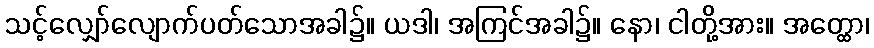
သင့်လျှော်လျောက်ပတ်သောအခါ၌။ ယဒါ၊ အကြင်အခါ၌။ နော၊ ငါတို့အား။ အတ္ထော၊